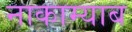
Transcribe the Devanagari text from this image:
नाकाम्याब